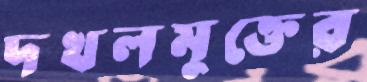
দখলমুক্তের